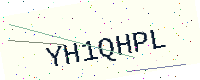
Text: YH1QHPL